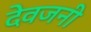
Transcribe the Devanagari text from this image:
देवजनी